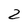
Character: 2